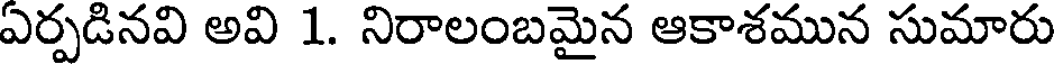
ఏర్పడినవి అవి 1. నిరాలంబమైన ఆకాశమున సుమారు